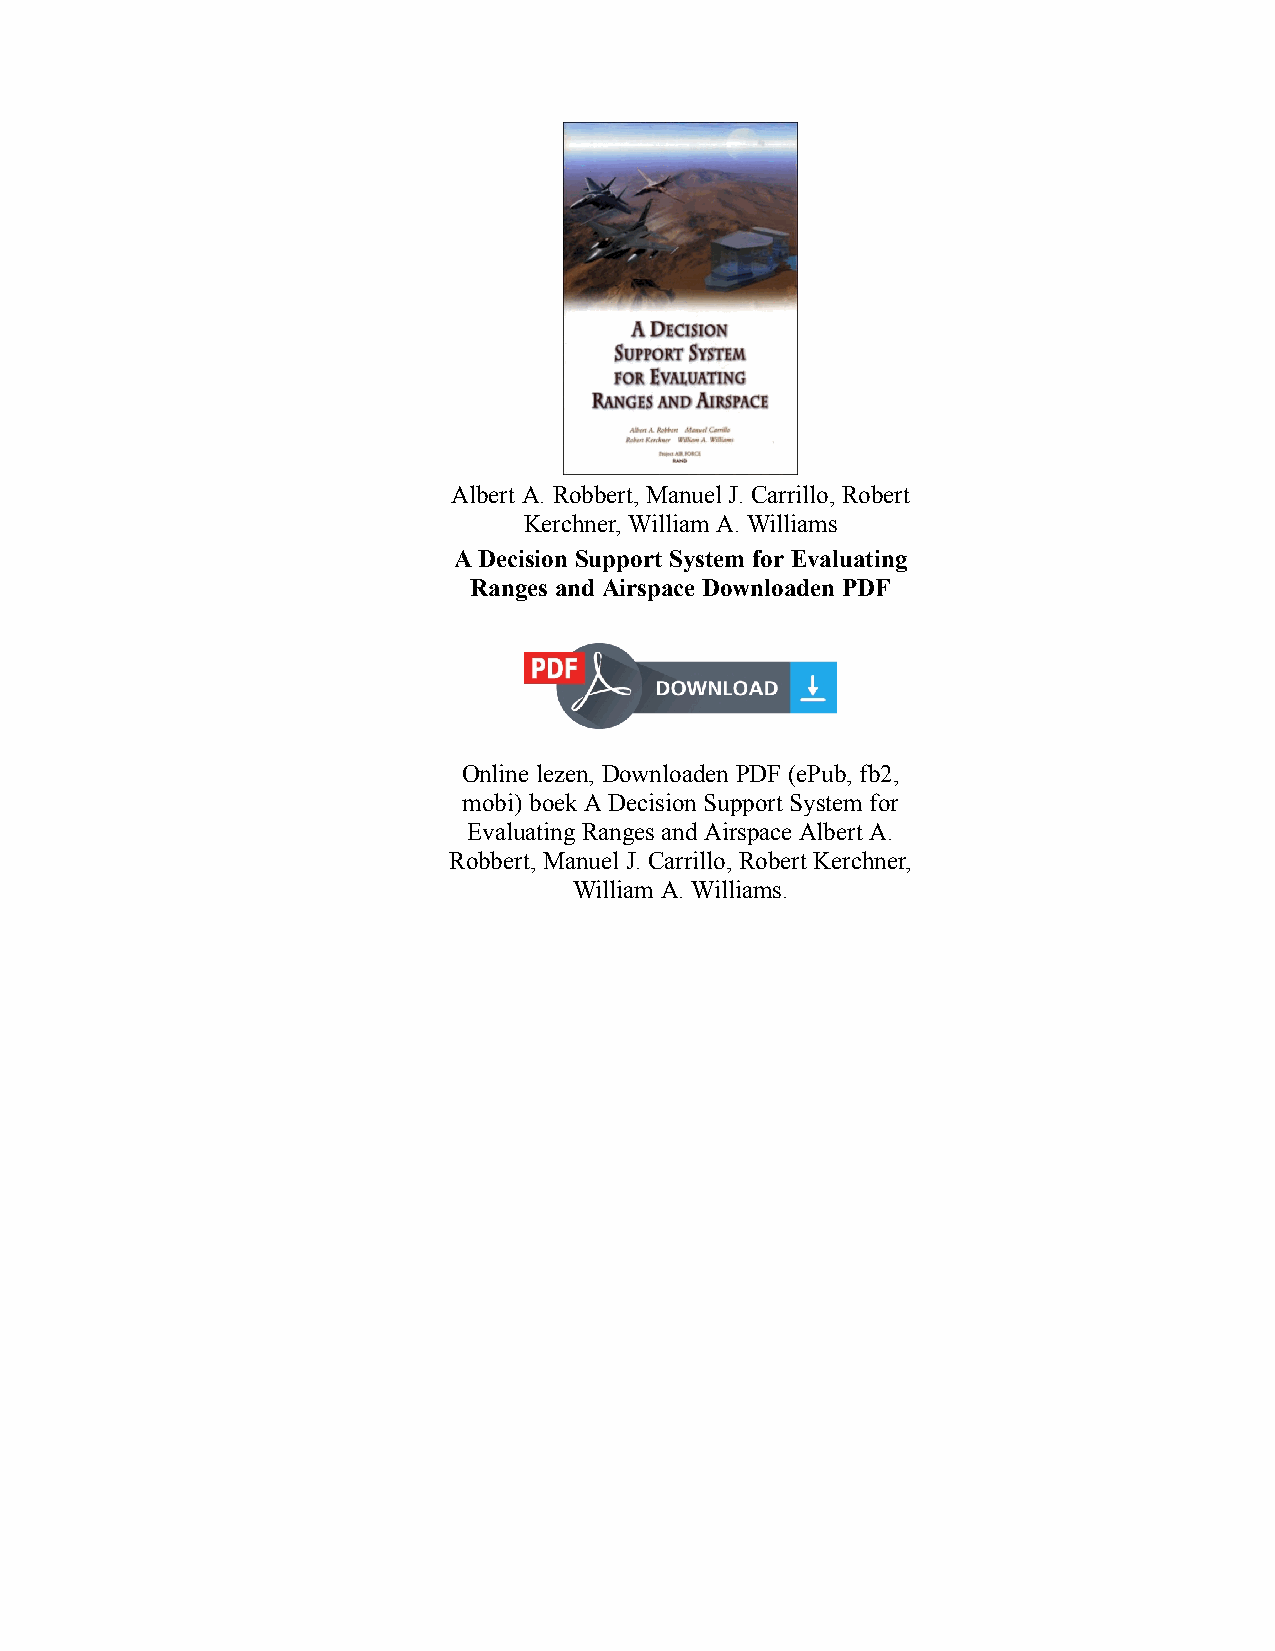
Albert A. Robbert, Manuel J. Carrillo, Robert
 Kerchner, William A. Williams
 A Decision Support System for Evaluating
 Ranges and Airspace Downloaden PDF
 Online lezen, Downloaden PDF (ePub, fb2,
 mobi) boek A Decision Support System for
 Evaluating Ranges and Airspace Albert A.
 Robbert, Manuel J. Carrillo, Robert Kerchner,
 William A. Williams.